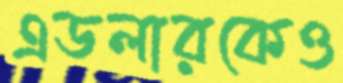
এডলারকেও